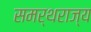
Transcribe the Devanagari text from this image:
समर्थराज्य